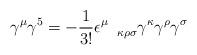
LaTeX: \begin{align*}\gamma^{\mu}\gamma^5=-\frac{1}{3!}\epsilon^{\mu}_{\quad\kappa\rho\sigma}\gamma^{\kappa}\gamma^{\rho}\gamma^{\sigma}\end{align*}